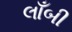
લાઁબી